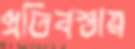
প্রতিবস্তায়